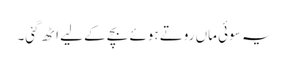
یہ سوئی ماں روتے ہوئے بچے کے لیے اٹھ گئی۔